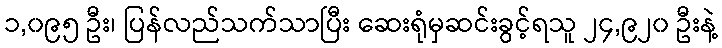
၁,၀၉၅ ဦး၊ ပြန်လည်သက်သာပြီး ဆေးရုံမှဆင်းခွင့်ရသူ ၂၄,၉၂၀ ဦးနဲ့